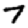
Digit: 7